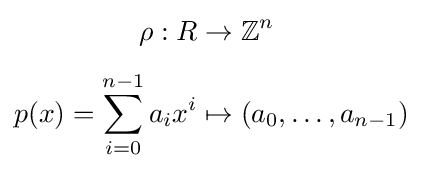
{\begin{aligned}\quad \rho :R&\rightarrow \mathbb {Z} ^{n}\\[4pt]p(x)=\sum _{i=0}^{n-1}a_{i}x^{i}&\mapsto (a_{0},\ldots ,a_{n-1})\end{aligned}}